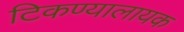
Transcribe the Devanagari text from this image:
टिकण्यालायक